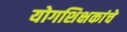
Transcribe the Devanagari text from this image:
योगशिक्षकांचे